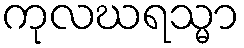
ကုလဃရသ္မာ